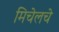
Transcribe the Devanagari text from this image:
मिचेलचे